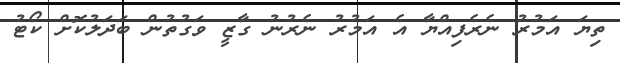
ތިޔަ އަމުރު ނެރެފިއްޔާ އެ އަމުރު ނެރުނު ގާޒީ ވަގުތުން ބަދަލުކޮށް ކޯޓު